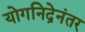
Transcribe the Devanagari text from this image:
योगनिद्रेनंतर